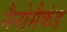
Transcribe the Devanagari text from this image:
नैनोसैकंड